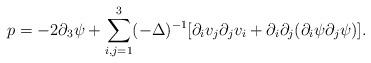
LaTeX: \begin{align*} p=-2 \partial_3 \psi +\sum_{i,j=1}^3(-\Delta)^{-1} [\partial_iv_j\partial_j v_i+\partial_i\partial_j(\partial_i \psi\partial_j \psi) ]. \end{align*}